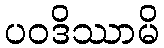
ပဝဒိဿာမိ